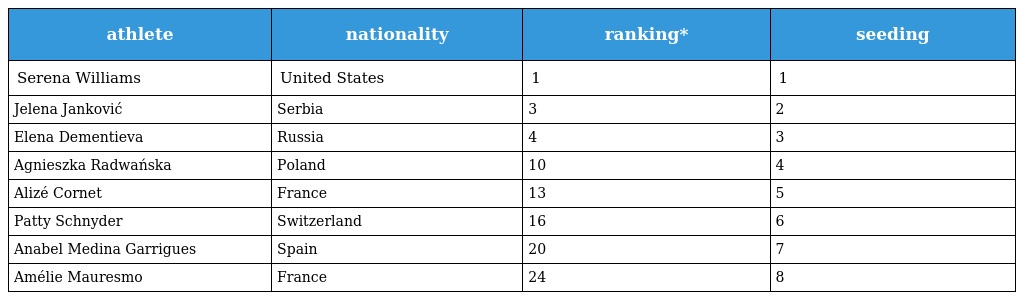
| athlete | nationality | ranking* | seeding |
 | --- | --- | --- | --- |
 | Serena Williams | United States | 1 | 1 |
 | Jelena Janković | Serbia | 3 | 2 |
 | Elena Dementieva | Russia | 4 | 3 |
 | Agnieszka Radwańska | Poland | 10 | 4 |
 | Alizé Cornet | France | 13 | 5 |
 | Patty Schnyder | Switzerland | 16 | 6 |
 | Anabel Medina Garrigues | Spain | 20 | 7 |
 | Amélie Mauresmo | France | 24 | 8 |